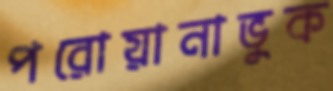
পরোয়ানাভুক